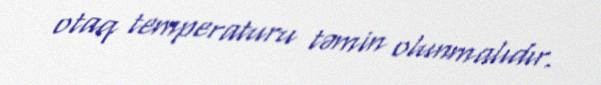
otaq temperaturu təmin olunmalıdır.